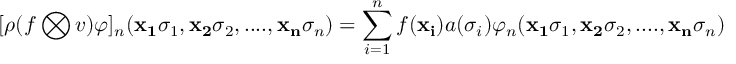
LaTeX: [ \rho ( f \bigotimes v ) \varphi ] _ { n } ( { \bf { x _ { 1 } } } \sigma _ { 1 } , { \bf { x _ { 2 } } } \sigma _ { 2 } , . . . . , { \bf { x _ { n } } } \sigma _ { n } ) = \sum _ { i = 1 } ^ { n } f ( { \bf { x _ { i } } } ) a ( \sigma _ { i } ) \varphi _ { n } ( { \bf { x _ { 1 } } } \sigma _ { 1 } , { \bf { x _ { 2 } } } \sigma _ { 2 } , . . . . , { \bf { x _ { n } } } \sigma _ { n } )